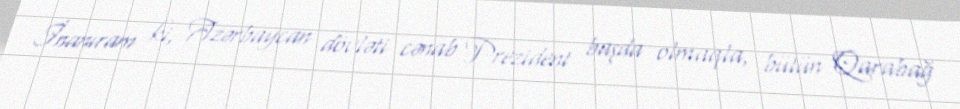
İnanıram ki, Azərbaycan dövləti cənab Prezident başda olmaqla, bütün Qarabağ